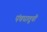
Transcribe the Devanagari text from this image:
पंचधातूची